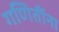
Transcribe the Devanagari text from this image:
गणितींना